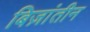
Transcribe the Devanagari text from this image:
बिज़ांतीन